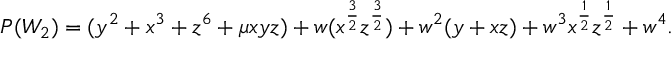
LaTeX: \begin{array} { l c r } { { P ( W _ { 2 } ) = ( y ^ { 2 } + x ^ { 3 } + z ^ { 6 } + \mu x y z ) + w ( x ^ { { \frac { 3 } { 2 } } } z ^ { { \frac { 3 } { 2 } } } ) + w ^ { 2 } ( y + x z ) + w ^ { 3 } x ^ { { \frac { 1 } { 2 } } } z ^ { { \frac { 1 } { 2 } } } + w ^ { 4 } . } } \end{array}